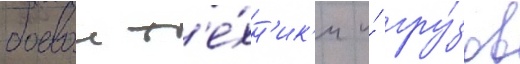
боевои т'е́хн'ик'и и́ гру́зов